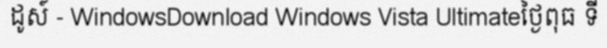
ដូស៍ - WindowsDownload Windows Vista Ultimateថ្ងៃពុធ ទី